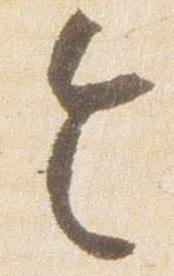
令